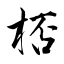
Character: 桮